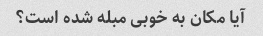
آیا مکان به خوبی مبله شده است؟